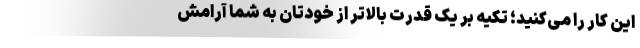
این کار را می‌کنید؛ تکیه بر یک قدرت بالاتر از خودتان به شما آرامش